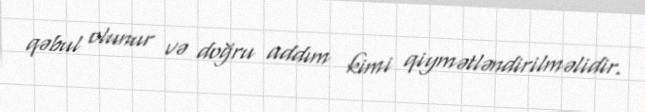
qəbul olunur və doğru addım kimi qiymətləndirilməlidir.